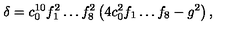
\delta = c _ { 0 } ^ { 1 0 } f _ { 1 } ^ { 2 } \dots f _ { 8 } ^ { 2 } \left( 4 c _ { 0 } ^ { 2 } f _ { 1 } \dots f _ { 8 } - g ^ { 2 } \right) ,